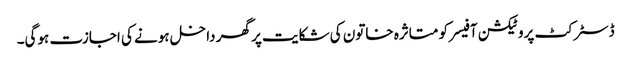
ڈسٹرکٹ پروٹیکشن آفیسر کو متاثرہ خاتون کی شکایت پر گھر داخل ہونے کی اجازت ہوگی۔